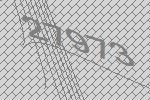
27973